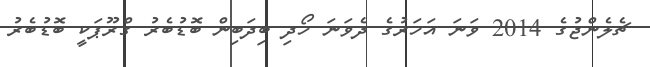
ޗެލެންޖުގެ 2014 ވަނަ އަހަރުގެ ދެވަނަ ހޯދި ބިދަބިން ބޮޑުބެރު ގްރޫޕަކީ ބޮޑުބެރު